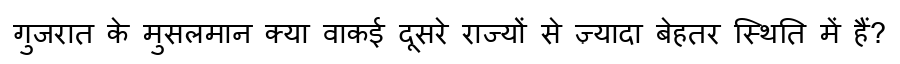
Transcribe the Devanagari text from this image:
गुजरात के मुसलमान क्या वाकई दूसरे राज्यों से ज़्यादा बेहतर स्थिति में हैं?